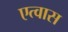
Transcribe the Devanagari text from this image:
एत्वास